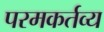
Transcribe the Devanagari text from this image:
परमकर्तव्य